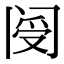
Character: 阌